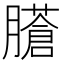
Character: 𦢁